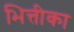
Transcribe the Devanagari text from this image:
भित्तीका